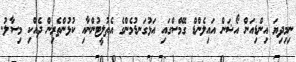
ނިމިދިޔަ އިންޑިއަން އޯޝަން އައިލެންޑް ގޭމްސްގައި އަޅުގަނޑުމެންގެ އެތުލީޓުންނާއި ކުޅުންތެރިން ދެއްކި މިސާލު.